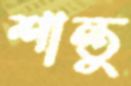
শান্তু